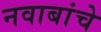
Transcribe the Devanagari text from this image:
नवाबांचे